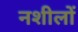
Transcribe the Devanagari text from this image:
नशीलों